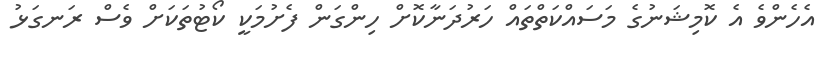
އެހެންވެ އެ ކޮމިޝަނުގެ މަސައްކަތްތައް ހަރުދަނާކޮށް ހިންގަން ފެށުމަކީ ކޯޓުތަކަށް ވެސް ރަނގަޅު